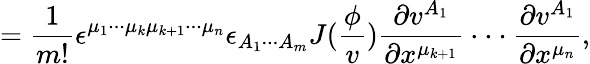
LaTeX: =\frac 1{m!}\epsilon^{\mu_{1}\cdot\cdot\cdot\mu_{k}\mu_{k+1}\cdot\cdot\cdot\mu_{n}}\epsilon_{A_{1}\cdot\cdot\cdot A_{m}}J(\frac\phi v)\frac{\partial v^{A_{1}}}{\partial x^{\mu_{k+1}}}\cdot\cdot\cdot\frac{\partial v^{A_{1}}}{\partial x^{\mu_{n}}},